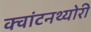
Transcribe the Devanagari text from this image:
क्‍वांटनथ्‍योरी